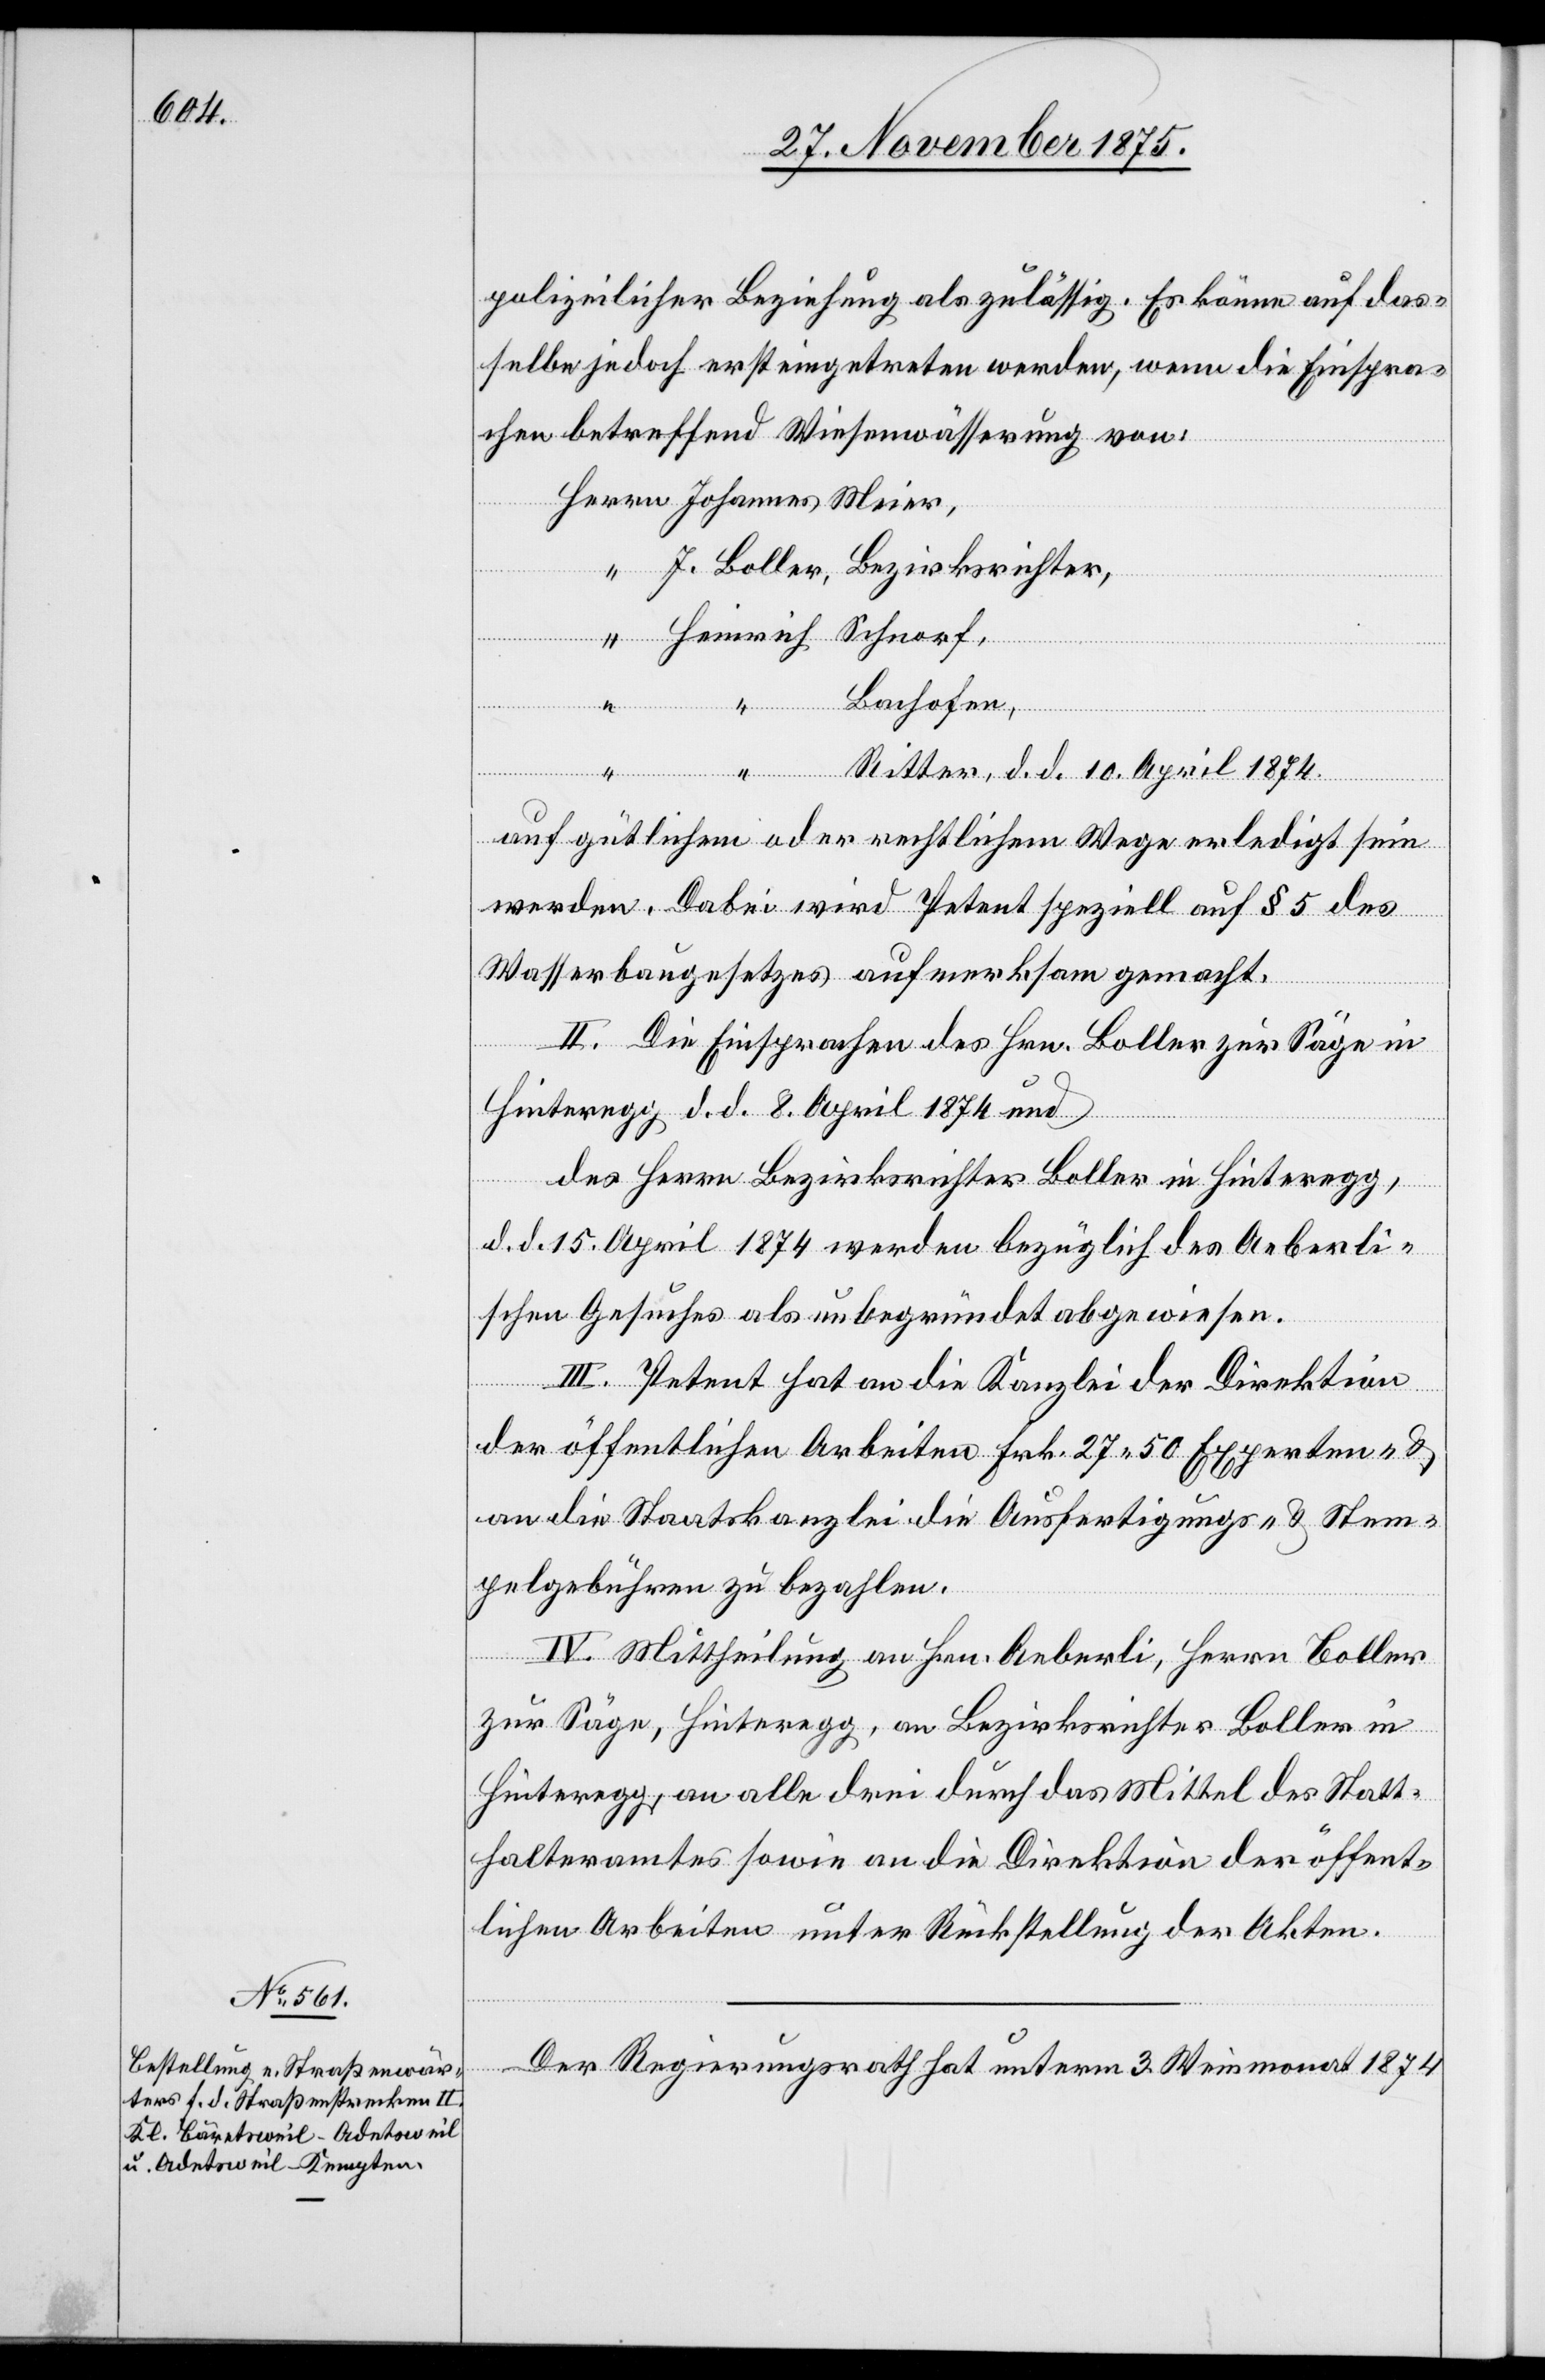
polizeilicher Beziehung als zulässig. Es könne auf das¬
selbe jedoch erst eingetreten werden, wenn die Einspra¬
chen betreffend Wiesenwässerung von:
J. Boller, Bezirksrichter
Heinrich Schnorf,
Bachofen,
“ Ritter, d. d. 10. April 1874.
auf gütlichem oder rechtlichem Wege erledigt sein
werden. Dabei wird Petent speziell auf § 5 des
Wasserbaugesetzes aufmerksam gemacht.
II. Die Einsprachen des Hrn. Boller zur Säge in
Hinteregg d. d. 8. April 1874 und
des Herrn Bezirksrichter Boller in Hinteregg,
d. d. 15. April 1874 werden bezüglich des Aeberli¬
schen Gesuches als unbegründet abgewiesen.
III. Petent hat an die Kanzlei der Direktion
der öffentlichen Arbeiten Frk. 27 50 Experten- &
an die Staatskanzlei die Ausfertigungs- & Stem¬
pelgebühren zu bezahlen.
Meier
IV. Mittheilung an Hrn. Aeberli, Herrn Boller
zur Säge, Hinteregg, an Bezirksrichter Boller in
Hinteregg, an alle drei durch das Mittel des Statt¬
halteramtes sowie an die Direktion der öffent¬
lichen Arbeiten unter Rückstellung der Akten.
Der Regierungsrath hat unterm 3. Weinmonat 1874